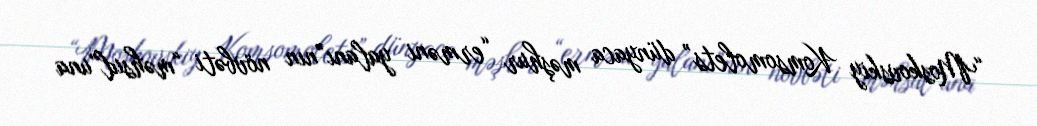
“Moskovskiy Komsomolets” dünyaca məşhur “erməni yalanı”nın növbəti “məhsul”una